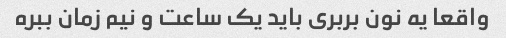
واقعا یه نون بربری باید یک ساعت و نیم زمان ببره